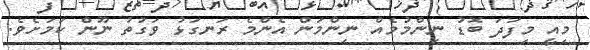
މިއީ މިފަދަ ބޮޑު ނިންމުމެއް ނިންމަން އެންމެ ރަނގަޅު ވަގުތު ނޫން ކަމަށެވެ.